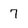
Character: 7